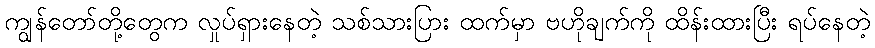
ကျွန်တော်တို့တွေက လှုပ်ရှားနေတဲ့ သစ်သားပြား ထက်မှာ ဗဟိုချက်ကို ထိန်းထားပြီး ရပ်နေတဲ့